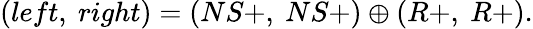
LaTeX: (left,\ right)=(NS+,\ NS+)\oplus(R+,\ R+).